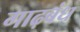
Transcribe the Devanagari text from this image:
गाढ़बंध